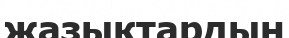
жазықтардың